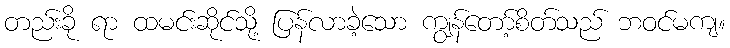
တည်းခို ရာ ထမင်းဆိုင်သို့ ပြန်လာခဲ့သော ကျွန်တော့်စိတ်သည် ဘဝင်မကျ။